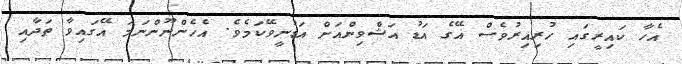
އެހާ ކައިރީގައި ހުރިއިރުވެސް އޭގެ އަޑު އަޝްވިންއަށް އަޑުނީވޭކަމެވެ. އެހެންނޫންނަމަ އޭގައިވާ ތަދާއި